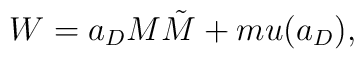
W= a_D M \tilde{M} + m u(a_D),